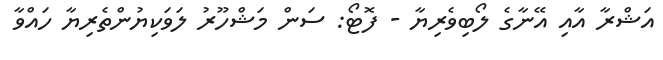
އަޝްރާ އާއި އޭނާގެ ލޯބިވެރިޔާ - ފޮޓޯ: ސަން މަޝްހޫރު ލަވަކިޔުންތެރިޔާ ހައްވާ